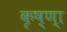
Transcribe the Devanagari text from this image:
कृष्‍ण्‍ा